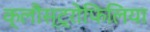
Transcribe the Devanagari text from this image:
क्लौस्ट्रोफिलिया